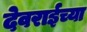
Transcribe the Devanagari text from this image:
देवराईच्या